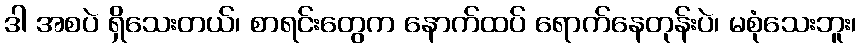
ဒါ အစပဲ ရှိသေးတယ်၊ စာရင်းတွေက နောက်ထပ် ရောက်နေတုန်းပဲ၊ မစုံသေးဘူး၊